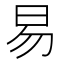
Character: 易